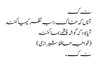
ٹ ک
آناں کہ خاک را بہ نظر کیمیا کنند
آیا بود کہ گوشہ چشمے بما کنند
(خواجہ حافظ شیرازی )
ٹ ک ۔